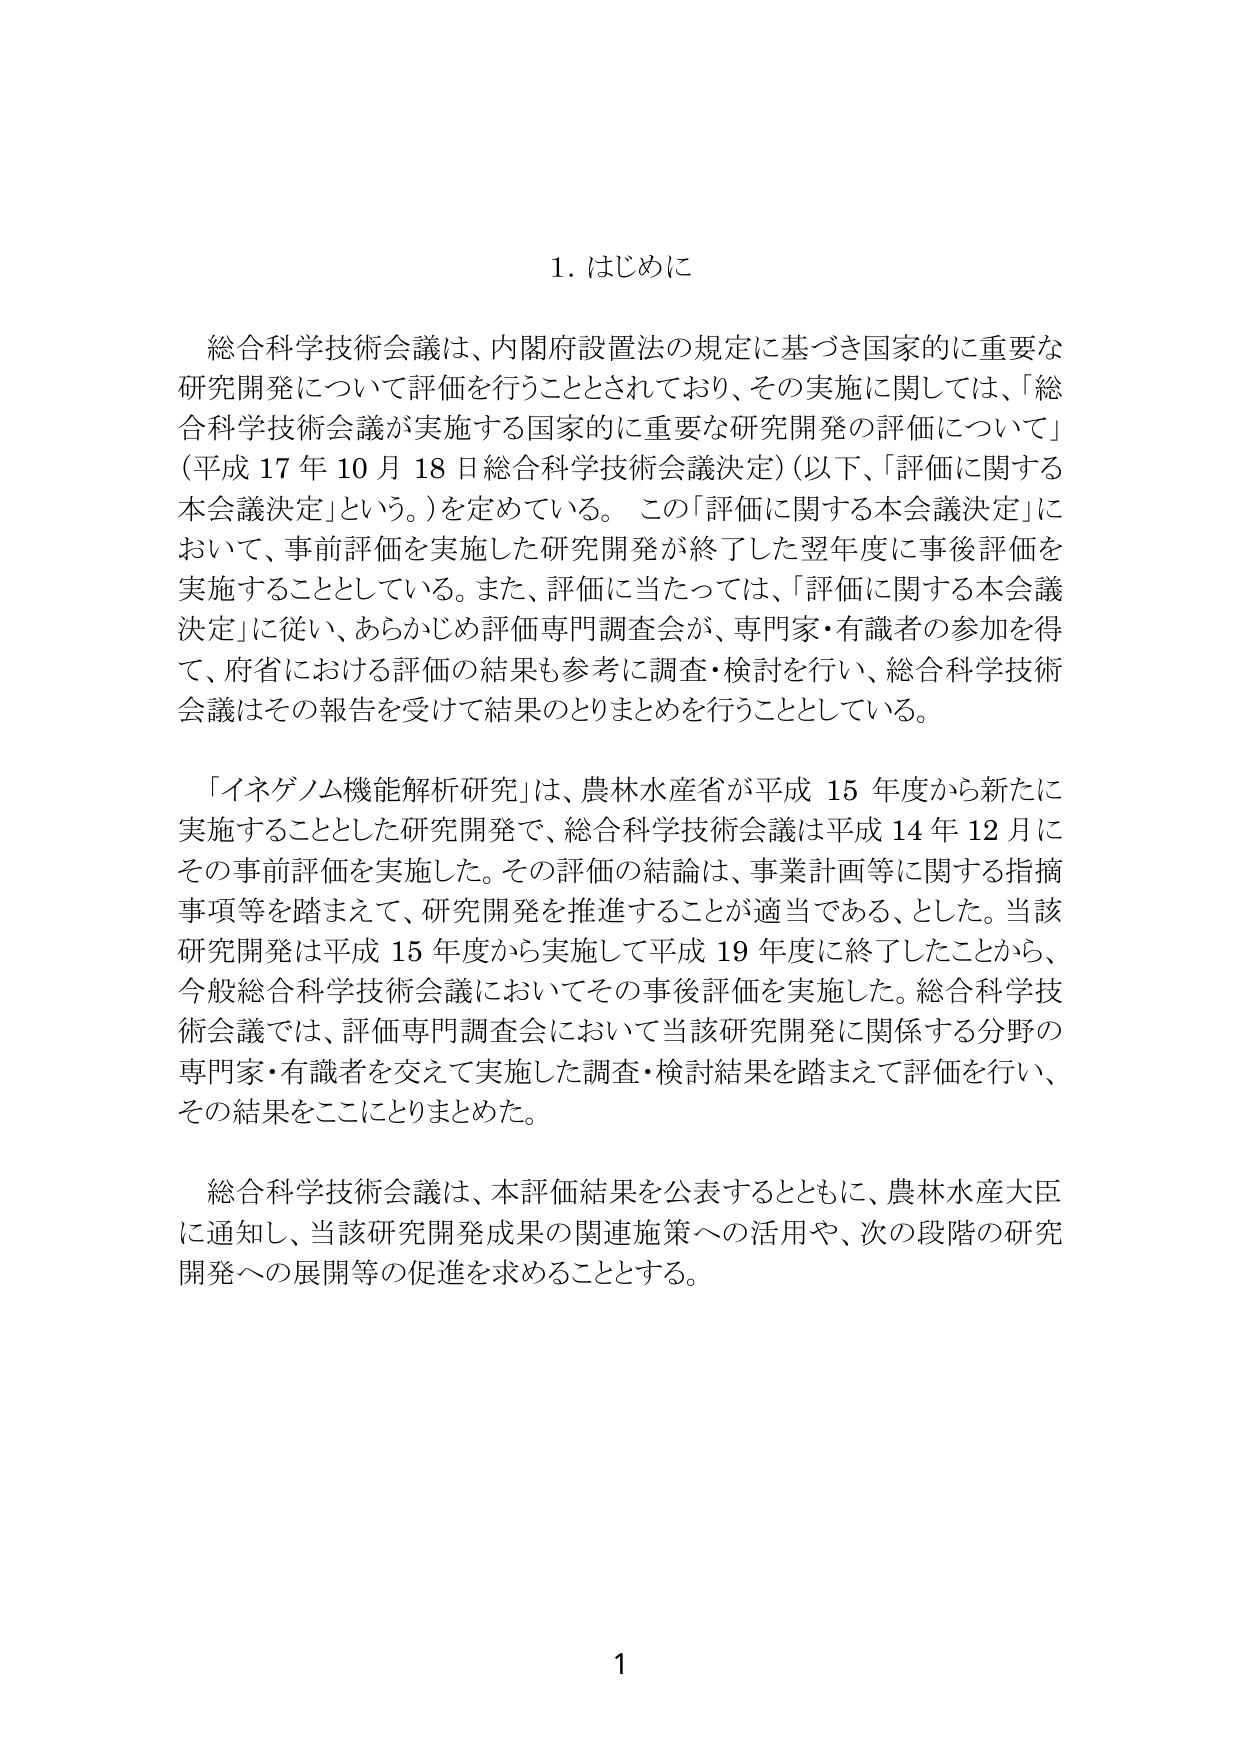
1. はじめに

総合科学技術会議は、内閣府設置法の規定に基づき国家的に重要な研究開発について評価を行うこととされており、その実施に関しては、「総合科学技術会議が実施する国家的に重要な研究開発の評価について」（平成17年10月18日総合科学技術会議決定）（以下、「評価に関する本会議決定」という。）を定めている。この「評価に関する本会議決定」において、事前評価を実施した研究開発が終了した翌年度に事後評価を実施することとしている。また、評価に当たっては、「評価に関する本会議決定」に従い、あらかじめ評価専門調査会が、専門家・有識者の参加を得て、府省における評価の結果も参考に調査・検討を行い、総合科学技術会議はその報告を受けて結果のとりまとめを行うこととしている。

「イネゲノム機能解析研究」は、農林水産省が平成15年度から新たに実施することとした研究開発で、総合科学技術会議は平成14年12月にその事前評価を実施した。その評価の結論は、事業計画等に関する指摘事項等を踏まえて、研究開発を推進することが適当である、とした。当該研究開発は平成15年度から実施して平成19年度に終了したことから、今般総合科学技術会議においてその事後評価を実施した。総合科学技術会議では、評価専門調査会において当該研究開発に関係する分野の専門家・有識者を交えて実施した調査・検討結果を踏まえて評価を行い、その結果をここにとりまとめた。

総合科学技術会議は、本評価結果を公表するとともに、農林水産大臣に通知し、当該研究開発成果の関連施策への活用や、次の段階の研究開発への展開等の促進を求めることとする。

1